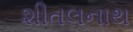
શીતલનાથ